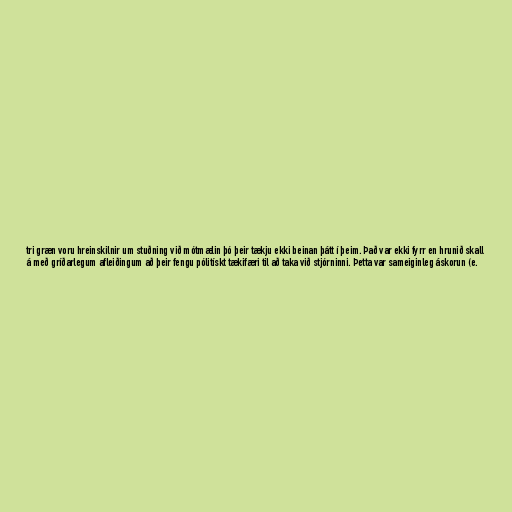
tri græn voru hreinskilnir um stuðning við mótmælin þó þeir tækju ekki beinan þátt í þeim. Það var ekki fyrr en hrunið skall
á með gríðarlegum afleiðingum að þeir fengu pólitískt tækifæri til að taka við stjórninni. Þetta var sameiginleg áskorun (e.